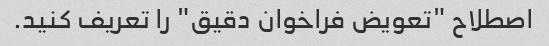
اصطلاح "تعویض فراخوان دقیق" را تعریف کنید.